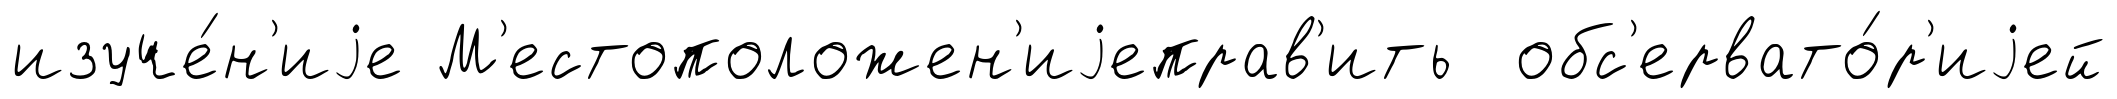
изуче́н'иjе М'естоположен'иjеправ'ить обс'ервато́р'иjей